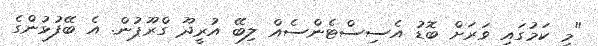
"މި ކަމުގައި ވަރަށް ބޮޑު އެސިސްޓެންސެއް ލިބޭ އުރީދޫ ގްރޫޕުން. އެ ބޭފުޅުންގެ